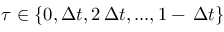
\tau \in \{ 0 , \Delta t , 2 \, \Delta t , . . . , 1 - \, \Delta t \}